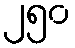
၂၅၀